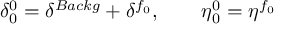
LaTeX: \delta _ { 0 } ^ { 0 } = \delta ^ { B a c k g } + \delta ^ { f _ { 0 } } , \qquad \eta _ { 0 } ^ { 0 } = \eta ^ { f _ { 0 } }